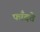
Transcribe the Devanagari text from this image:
फाँदते